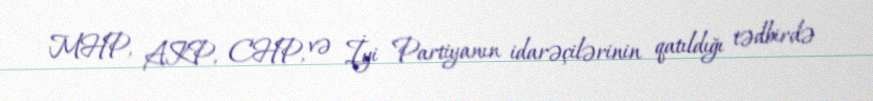
MHP, AKP, CHP, və İyi Partiyanın idarəçilərinin qatıldığı tədbirdə